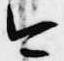
今